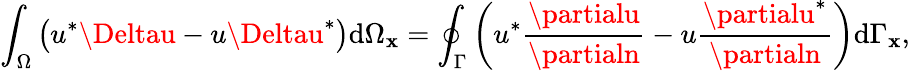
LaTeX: \int_{\Omega}\left(u^{*}\Deltau-u\Deltau^{*}\right)\mathrm{d}\Omega_{\mathbf{{x}}}=\oint_{\Gamma}\left(u^{*}\frac{{\partialu}}{{\partialn}}-u\frac{{\partialu^{*}}}{{\partialn}}\right)\mathrm{d}\Gamma_{\mathbf{{x}}},